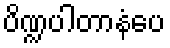
ပိဏ္ဍပါတာနံပေ